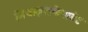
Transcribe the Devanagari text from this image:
मिथाइलफेनाडेट